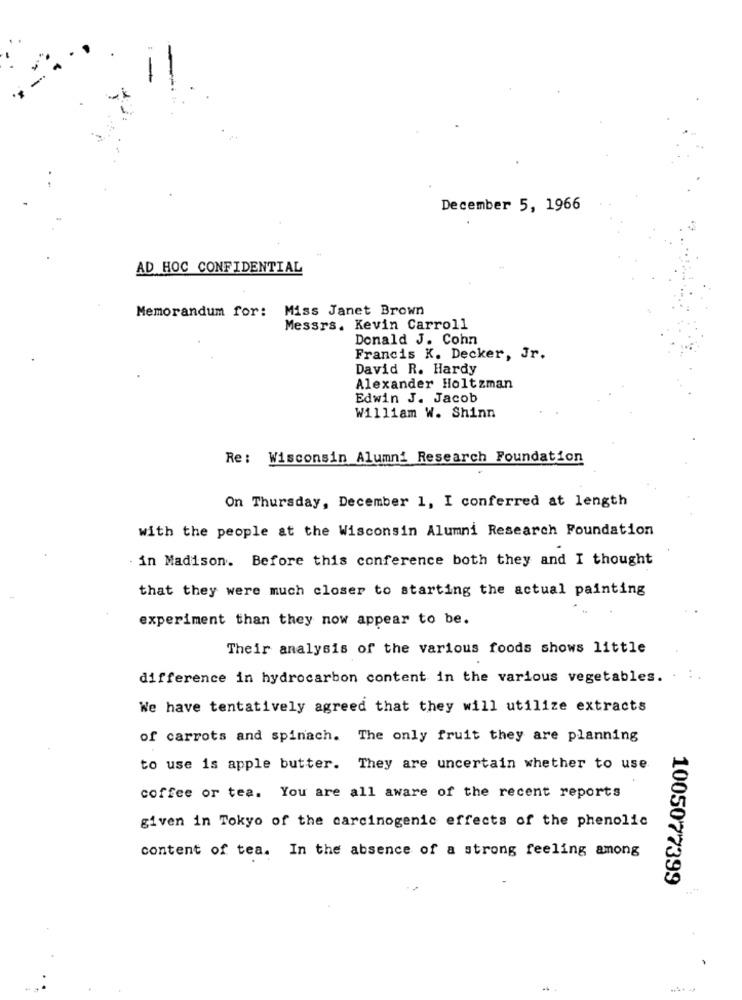
December 5, 1966
AD HOC CONFIDENTIAL
Memorandum for: Miss Janet Brown
Messrs. Kevin Carroll
Donald J. Cohn
Francis K. Decker, Jr.
David R. Hardy
Alexander Holtzman
Edwin J. Jacob
William W. Shinn
Re: Wisconsin Alumni Research Foundation
On Thursday, December 1, I conferred at length
with the people at the Wisconsin Alumni Research Foundation
in Madison. Before this conference both they and I thought
that they were much closer to starting the actual painting
experiment than they now appear to be.
Their analysis of the various foods shows little
difference in hydrocarbon content in the various vegetables. . ..
We have tentatively agreed that they will utilize extracts
of carrots and spinach. The only fruit they are planning
to use is apple butter. They are uncertain whether to use
coffee or tea. You are all aware of the recent reports
given in Tokyo of the carcinogenic effects of the phenolic
content of tea. In the absence of a strong feeling among
1005077399